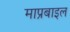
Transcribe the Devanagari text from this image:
माप्रबाइल